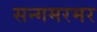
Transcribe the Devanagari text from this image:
सन्गमरमर